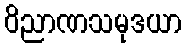
ဝိညာဏသမုဒယာ